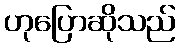
ဟုပြောဆိုသည်